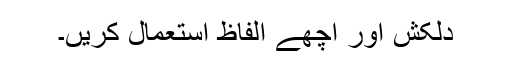
دلکش اور اچھے الفاظ استعمال کریں۔